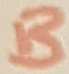
Text: B